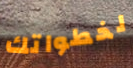
لخطواتك